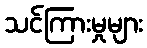
သင်ကြားမှုများ